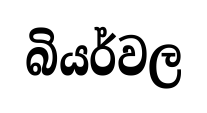
බියර්වල